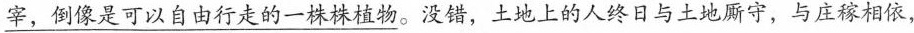
\underline{宰，倒像是可以自由行走的一株株植物}。没错，土地上的人终日与土地厮守，与庄稼相依，